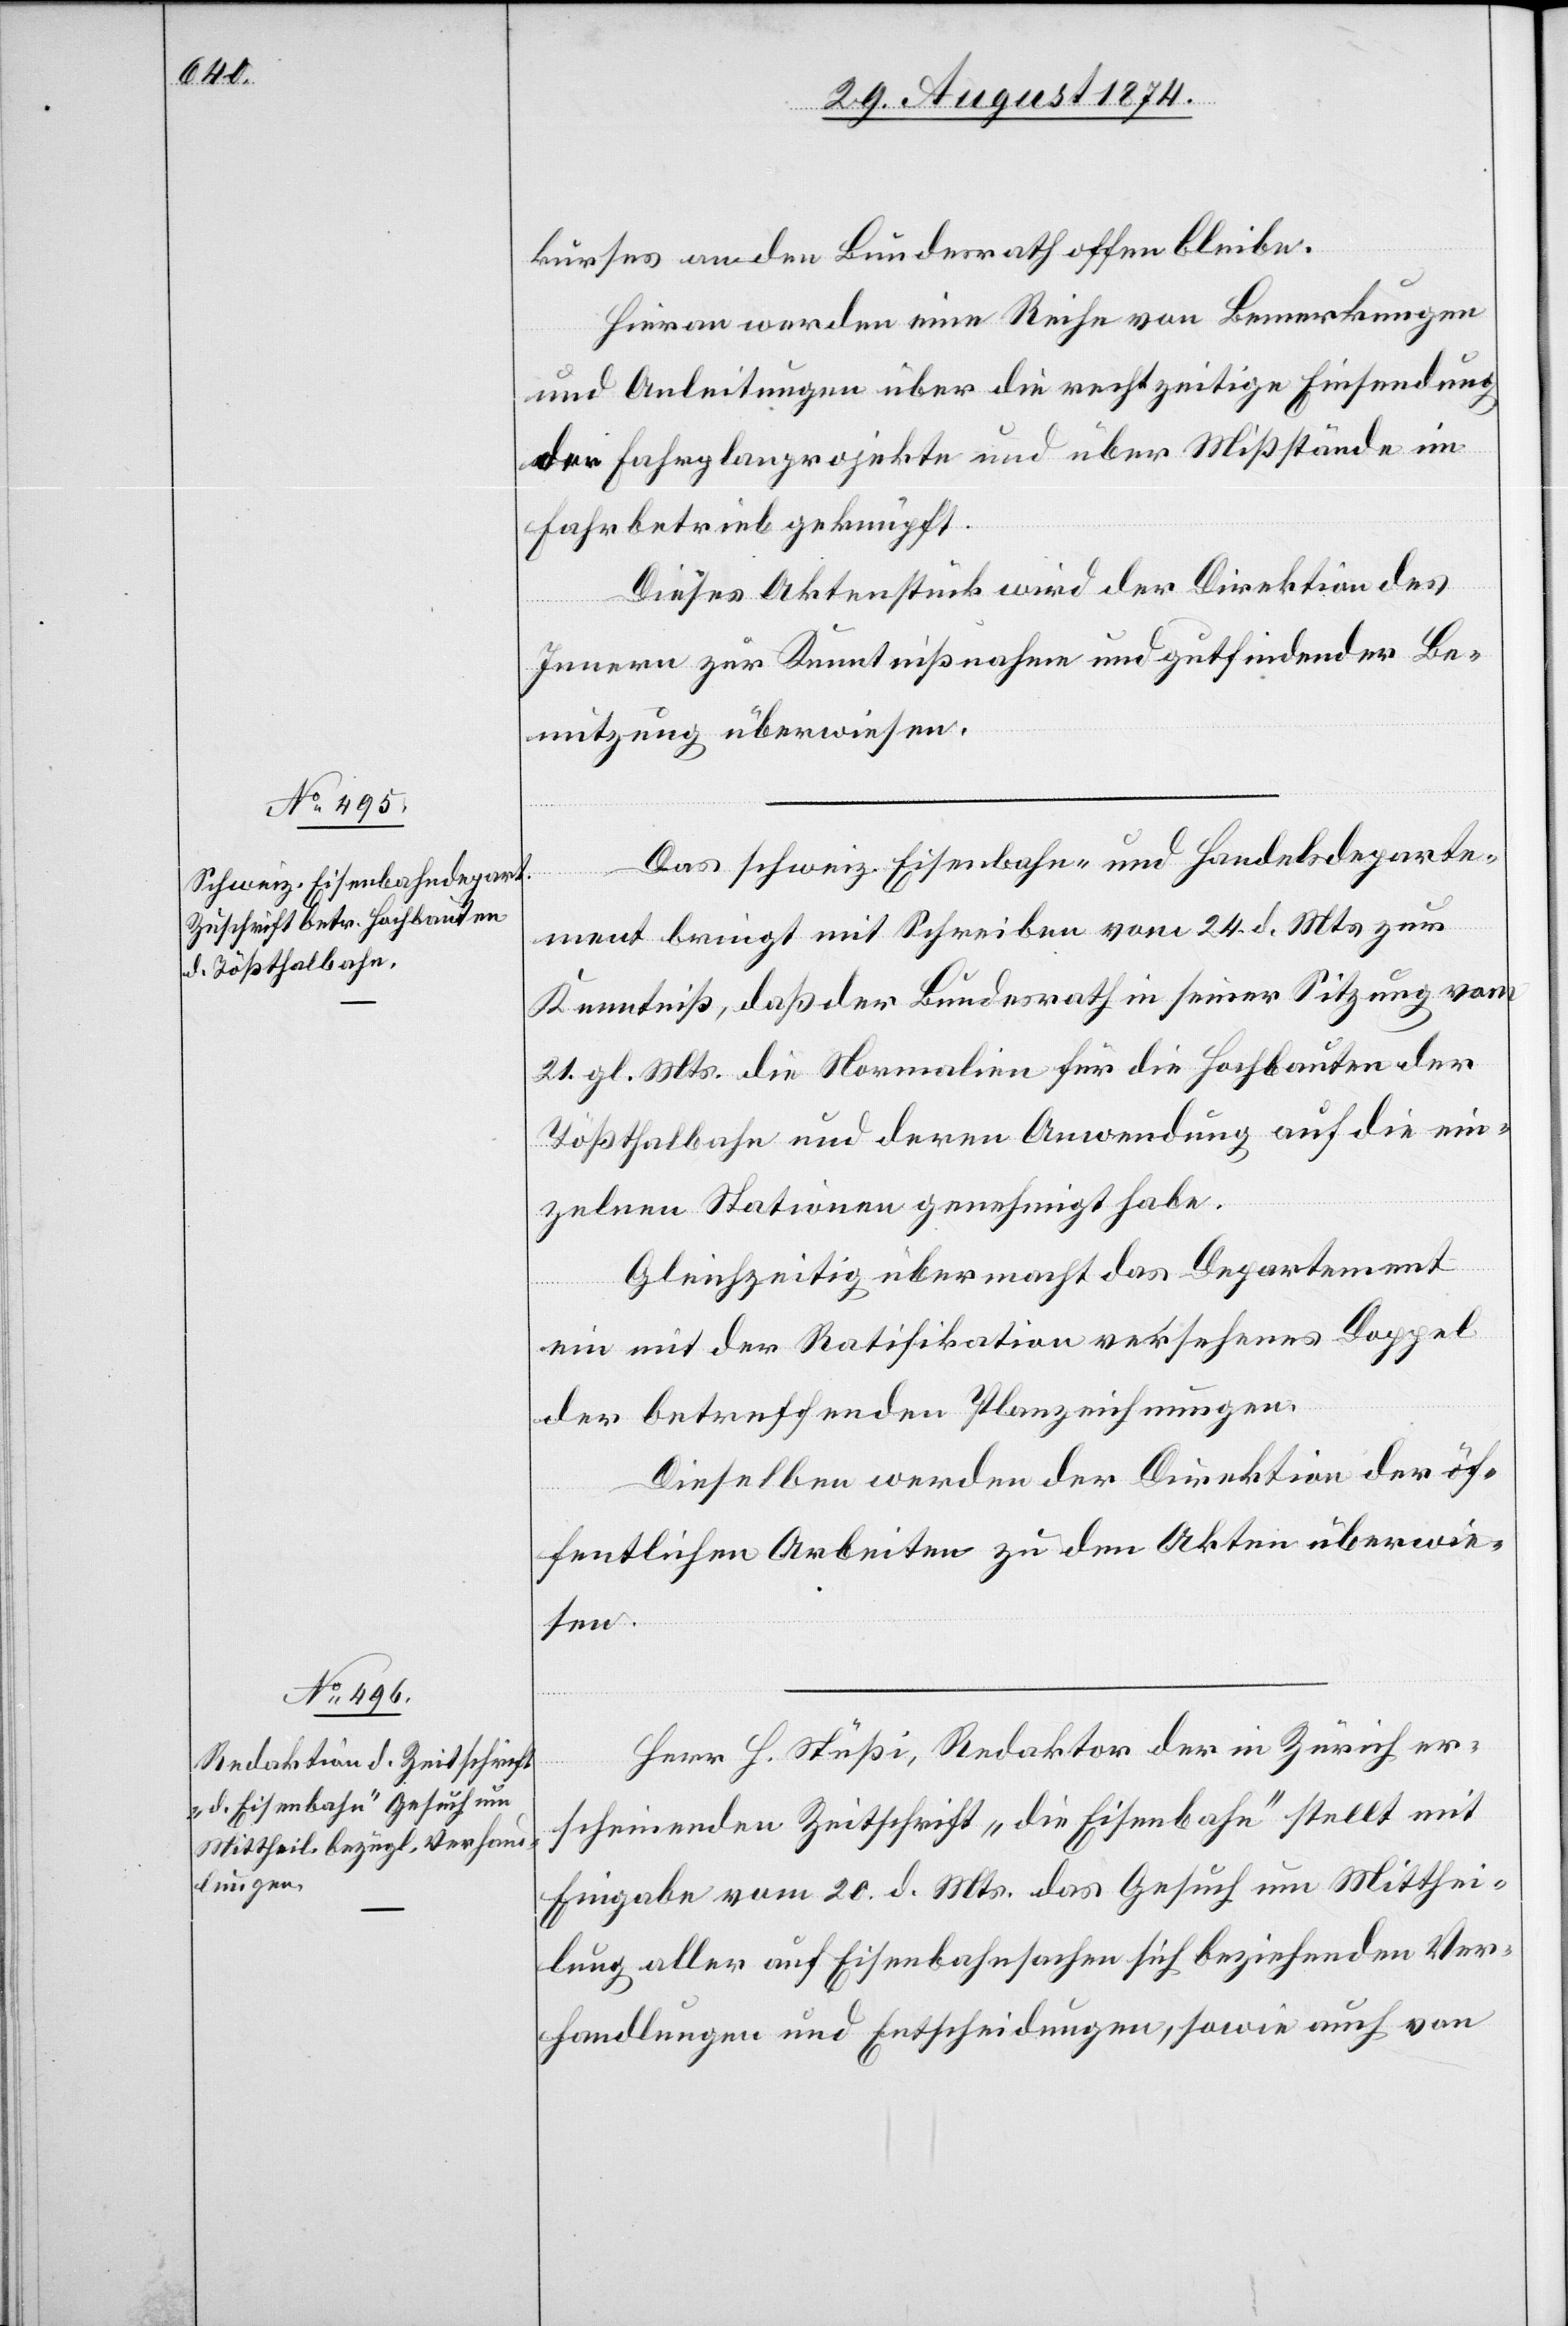
kurses an den Bundesrath offen bleibe.
Hieran werden eine Reihe von Bemerkungen
und Anleitungen über die rechtzeitige Einsendung
der Fahrplanprojekte und über Mißstände im
Fahrbetrieb geknüpft.
Dieses Aktenstück wird der Direktion des
Innern zur Kenntnisnahme und gutfindender Be¬
nutzung überwiesen.
Das schweiz. Eisenbahn- und Handelsdeparte¬
ment bringt mit Schreiben vom 24. d. Mts. zur
Kenntniß, daß der Bundesrath in seiner Sitzung vom
21. gl. Mts. die Normalien für die Hochbauten der
Tößthalbahn und deren Anwendung auf die ein¬
zelnen Stationen genehmigt habe.
Gleichzeitig übermacht das Departement
ein mit der Ratifikation versehenes Doppel
der betreffenden Planzeichnungen.
Dieselben werden der Direktion der öf¬
fentlichen Arbeiten zu den Akten überwie¬
sen.
Herr H. Stüßi, Redaktor der in Zürich er¬
scheinenden Zeitschrift „die Eisenbahn“ stellt mit
Eingabe vom 20. d. Mts. das Gesuch um Mitthei¬
lung aller auf Eisenbahnsachen sich beziehenden Ver¬
handlungen und Entscheidungen, sowie auch von